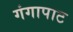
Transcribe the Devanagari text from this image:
गंगापाट